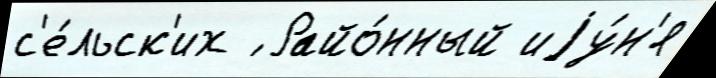
с'е́льск'их ́ Райо́нный иjу́н'я